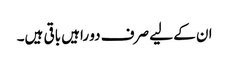
ان کے لیے صرف دو راہیں باقی ہیں۔